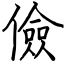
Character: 儉